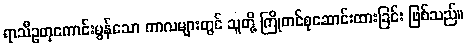
ရာသီဥတုကောင်းမွန်သော ကာလများတွင် သူတို့ ကြိုတင်စုဆောင်းထားခြင်း ဖြစ်သည်။